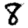
Digit: 8